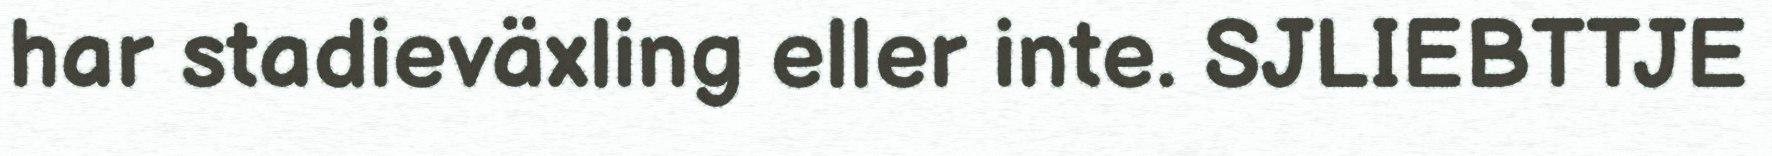
har stadieväxling eller inte. SJLIEBTTJE